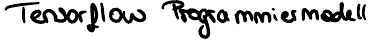
Tensorflow Programmiermodell